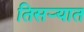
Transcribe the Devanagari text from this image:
तिसर्‍यात